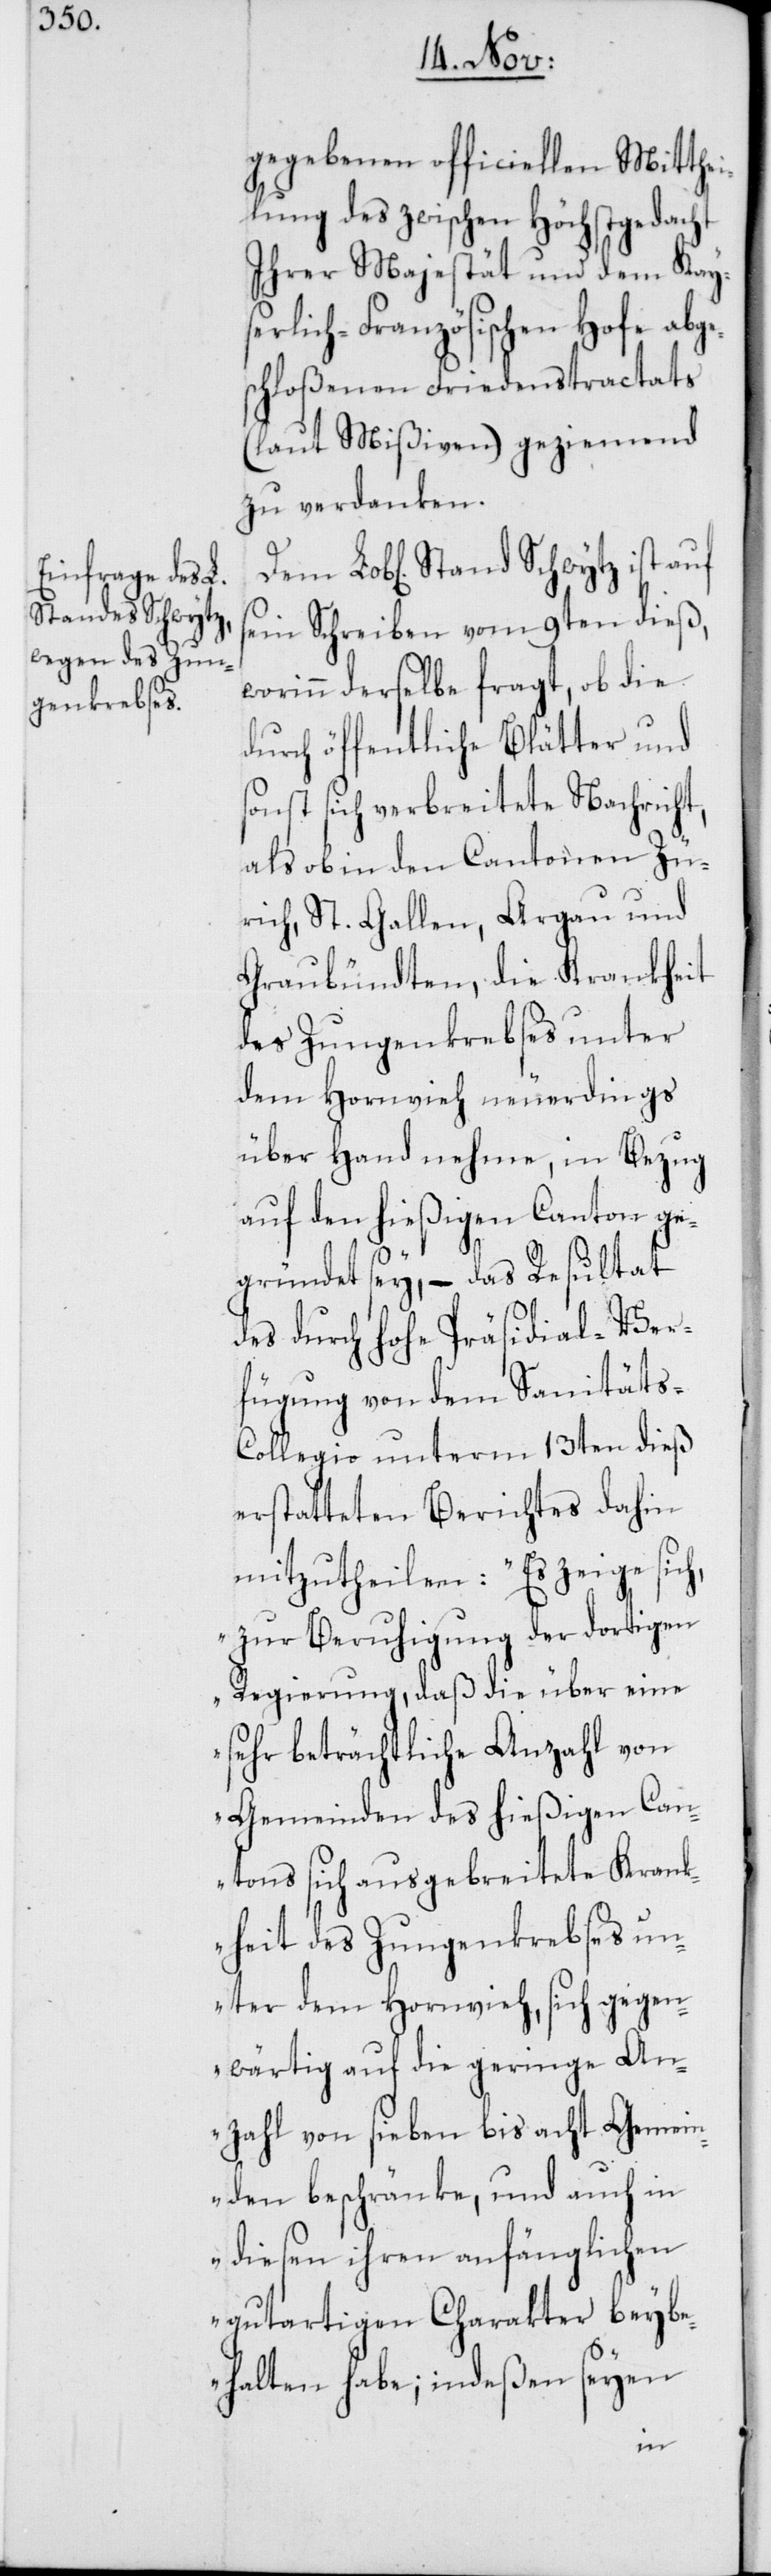
Stand Schwytz

gegebenen officiellen Mitthei¬
lung des zwischen Höchstgedacht
Ihrer Majestät und dem Kayse¬
rlich-Französischen Hofe abge¬
schloßenen Friedenstractats
(laut Mißiven) geziemend
zu verdanken.
sein Schreiben vom 9ten dieß,
worinn derselbe fragt, ob die
durch öffentliche Blätter und
sonst sich verbreitete Nachricht,
als ob in den Cantonen Zü¬
rich, St. Gallen, Argau und
Graubündten, die Krankheit
des Zungenkrebses unter
dem Hornvieh neuerdings
über Hand nehme, in Bezug
auf den hießigen Canton ge¬
gründet sey, – das Resultat
des durch hohe Präsidial-Ver¬
fügung von dem Sanitäts-C¬
ollegio unterm 13ten dieß
erstatteten Berichtes dahin
mitzutheilen: „Es zeige sic¬
h, zur Beruhigung der dortigen
Regierung, daß die über eine
sehr beträchtliche Anzahl von
Gemeinden des hießigen Can¬
tons sich ausgebreitete Kran¬
kheit des Zungenkrebses un¬
ter dem Hornvieh, sich gegen¬
wärtig auf die geringe An¬
zahl von sieben bis acht Gemein¬
den beschränke, und auch in
diesen ihren anfänglichen
gutartigen Charakter beybe¬
halten habe; indeßen seyen